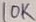
Text: 10K